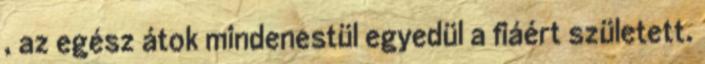
, az egész átok mindenestül egyedül a fiáért született.